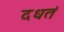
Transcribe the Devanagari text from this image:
दधतं